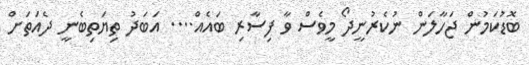
ބޮޑުކަމުން ޖަހާލަން ނުކެރުނީދޯ މީވެސް ވާ ފިސާރި ބައެއް.... އަބަދު ތިޔަތިބެނީ ދެއަތަށް